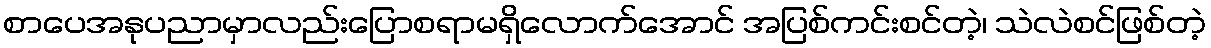
စာပေအနုပညာမှာလည်းပြောစရာမရှိလောက်အောင် အပြစ်ကင်းစင်တဲ့၊ သဲလဲစင်ဖြစ်တဲ့